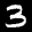
Label: 3